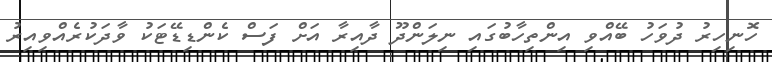
ހޮނިހިރު ދުވަހު ބޭއްވި އިންތިހާބުގައި ނިލަންދޫ ދާއިރާ އަށް ފަސް ކެންޑިޑޭޓަކު ވާދަކުރެއްވިއިރު